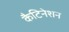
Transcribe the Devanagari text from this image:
कैटिनेशन